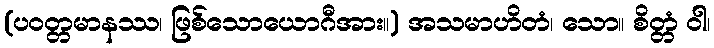
(ပဝတ္တမာနဿ၊ ဖြစ်သောယောဂီအား။) အသမာဟိတံ၊ သော။ စိတ္တံ ဝါ၊